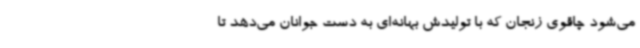
می‌شود چاقوی زنجان که با تولیدش بهانه‌ای به دست جوانان می‌دهد تا